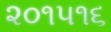
૨૦૧૫૧૬